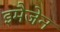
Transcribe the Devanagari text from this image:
इमैजेन